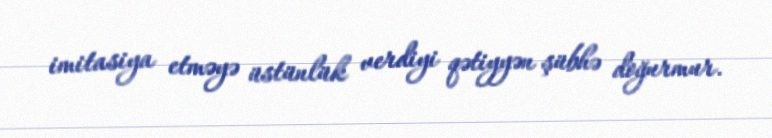
imitasiya etməyə üstünlük verdiyi qətiyyən şübhə doğurmur.